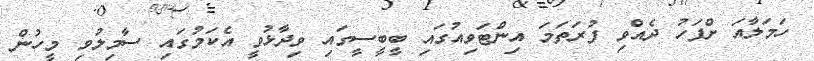
ހަމަލާއަ ށްފަހު ދެއްވި ފުރަތަމަ އިންޓަވިއުގައި ބީބީސީގައި ވިދާޅުވީ އެކަމުގައި ސާމިލުވި މީހުން